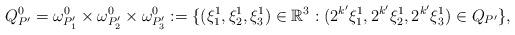
LaTeX: \begin{align*} Q^{0}_{P'}=\omega^{0}_{P'_{1}}\times\omega^{0}_{P'_{2}}\times\omega^{0}_{P'_{3}} :=\{(\xi^{1}_{1},\xi^{1}_{2},\xi^{1}_{3})\in\mathbb{R}^{3}: (2^{k'}\xi^{1}_{1},2^{k'}\xi^{1}_{2},2^{k'}\xi^{1}_{3})\in Q_{P'}\},\end{align*}